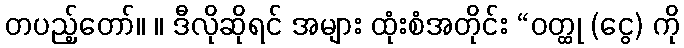
တပည့်တော်။ ။ ဒီလိုဆိုရင် အများ ထုံးစံအတိုင်း “ဝတ္ထု (ငွေ) ကို